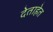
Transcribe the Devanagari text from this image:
देताहेत